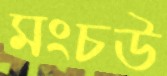
মংচউ